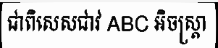
ជាពិសេសជាវ ABC អិចស្ត្រា